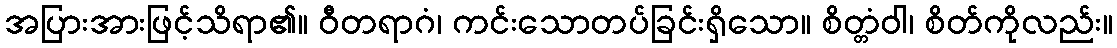
အပြားအားဖြင့်သိရာ၏။ ဝီတရာဂံ၊ ကင်းသောတပ်ခြင်းရှိသော။ စိတ္တံဝါ၊ စိတ်ကိုလည်း။